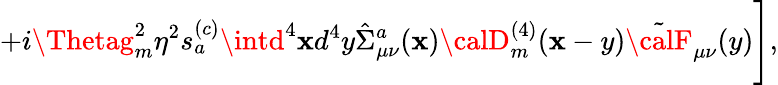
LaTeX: +i\Thetag_{m}^{2}\eta^{2}s_{a}^{(c)}\intd^{4}\mathbf{x}d^{4}y\hat{{\Sigma}}_{\mu\nu}^{a}(\mathbf{x}){\calD}_{m}^{(4)}(\mathbf{x}-y)\tilde{{\calF}}_{\mu\nu}(y)\Biggr],